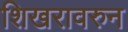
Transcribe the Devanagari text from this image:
शिखरावरुन